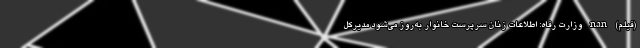
(فیلم) nan وزارت رفاه: اطلاعات زنان سرپرست خانوار به‌روز می‌شود مدیرکل